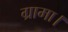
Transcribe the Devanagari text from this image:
ग्रामा।